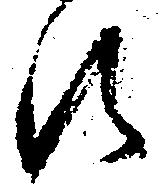
え